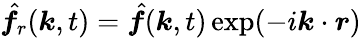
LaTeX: \hat{\boldsymbol f}_{r}(\boldsymbol k,t)=\hat{\boldsymbol f}(\boldsymbol k,t)\exp(-i\boldsymbol k\cdot\boldsymbol r)